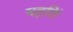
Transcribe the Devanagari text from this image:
महतिं